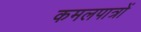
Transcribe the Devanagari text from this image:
कमलपात्रों